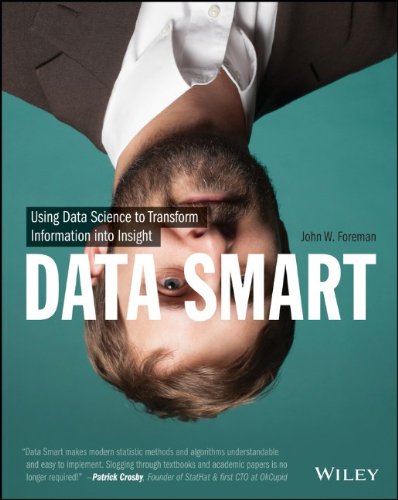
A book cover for Data Smart: Using Data Science to Transform Information into Insight; John W. Foreman; Computers & Technology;